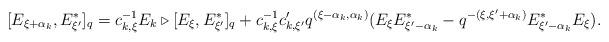
LaTeX: \begin{align*}[E_{\xi + \alpha_k}, E_{\xi^\prime}^*]_q = c_{k, \xi}^{-1} E_k \triangleright [E_\xi, E_{\xi^\prime}^*]_q + c_{k, \xi}^{-1} c_{k, \xi^\prime}^\prime q^{(\xi - \alpha_k, \alpha_k)} (E_\xi E_{\xi^\prime - \alpha_k}^* - q^{-(\xi, \xi^\prime + \alpha_k)} E_{\xi^\prime - \alpha_k}^* E_\xi).\end{align*}